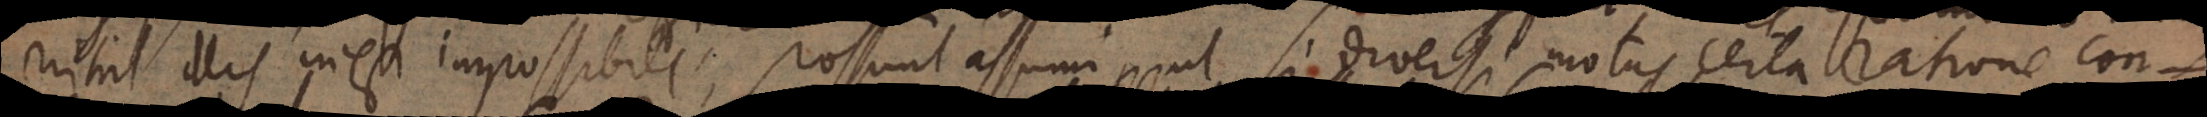
nihil illis inest impossibile, possunt assumi ut si diversi motus certa ratione